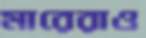
মারেরাও